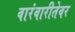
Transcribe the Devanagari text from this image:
वारंवारीतेवर